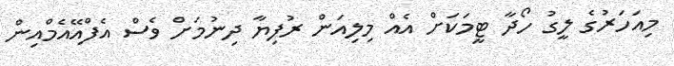
މިއަހަރުގެ ލީގު ހޯދާ ޓީމަކަށް އެއް މިލިއަން ރުފިޔާ ދިނުމަށް ވެސް އެފްއޭއެމްއިން